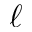
\ell